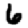
Digit: 6